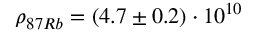
\rho _ { 8 7 R b } = ( 4 . 7 \pm 0 . 2 ) \cdot 1 0 ^ { 1 0 }